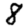
Digit: 8